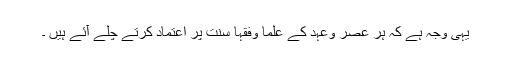
یہی وجہ ہے کہ ہر عصر وعہد کے علما وفقہا سنت پر اعتماد کرتے چلے آئے ہیں ۔